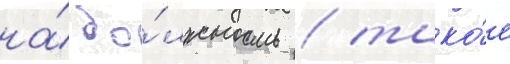
на́ до́лжность / тако́е